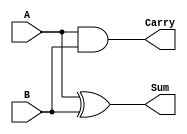
module half_adder #(
    parameter input_width = 1  // Default input width is 1
)(
    input [input_width-1:0] A,  // First input operand
    input [input_width-1:0] B,  // Second input operand
    output reg Sum,              // Sum output (1 bit)
    output reg Carry             // Carry output (1 bit)
);

    // Combinational logic for Sum and Carry
    always @(*) begin
        Sum = A ^ B;              // Sum is A XOR B
        Carry = A & B;            // Carry is A AND B
    end

endmodule